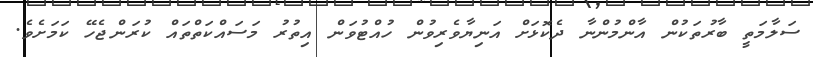
ސަލާމަތީ ބާރުތަކުން އާންމުންނާ ދެކޮޅަށް އަނިޔާވެރިވުން ހުއްޓުވަން އިތުރު މަސައްކަތްތައް ކުރަންޖެހޭ ކަމަށެވެ.